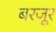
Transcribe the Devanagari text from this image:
बरजूर